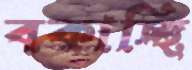
বকাচ্ছি